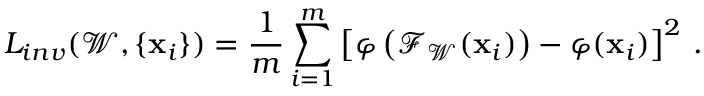
L _ { i n v } ( \mathcal W , \{ \mathbf x _ { i } \} ) = \frac { 1 } { m } \sum _ { i = 1 } ^ { m } \left[ \varphi \left( { \mathcal F } _ { \mathcal W } ( \mathbf { x } _ { i } ) \right) - \varphi ( \mathbf { x } _ { i } ) \right] ^ { 2 } \, .